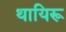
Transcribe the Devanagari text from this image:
थायिरू